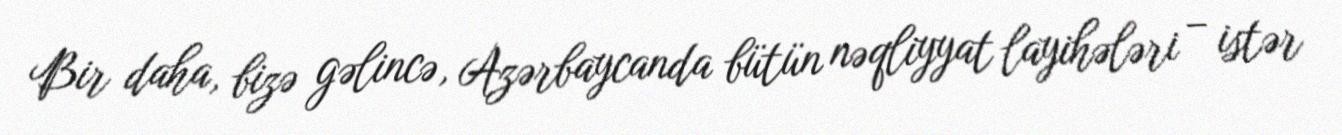
Bir daha, bizə gəlincə, Azərbaycanda bütün nəqliyyat layihələri – istər